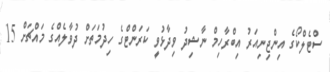
ސްޓެލްކޯގެ އިންޖިނިއަރު އިބްރާހިމް ނާޝިދު ވިދާޅުވީ ކަރަންޓްގެ ހިދުމަތަށް ދުވާލެއްގެ މައްޗަށް 15